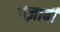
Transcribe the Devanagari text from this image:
पंज़ाबी